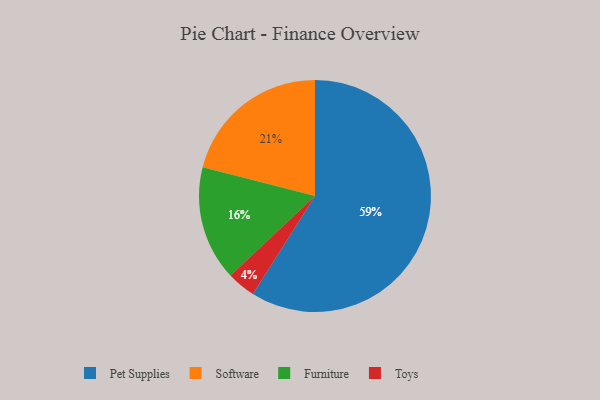
{"axis": {"x": "Category", "y": "Percentage"}, "legend": ["Furniture", "Pet Supplies", "Software", "Toys"], "data": [{"x": "Pet Supplies", "y": 59, "type": "Pet Supplies"}, {"x": "Software", "y": 21, "type": "Software"}, {"x": "Furniture", "y": 16, "type": "Furniture"}, {"x": "Toys", "y": 4, "type": "Toys"}]}